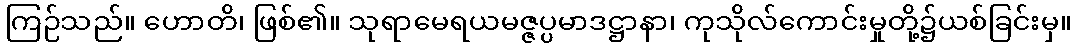
ကြဉ်သည်။ ဟောတိ၊ ဖြစ်၏။ သုရာမေရယမဇ္ဇပ္ပမာဒဋ္ဌာနာ၊ ကုသိုလ်ကောင်းမှုတို့၌ယစ်ခြင်းမှ။